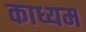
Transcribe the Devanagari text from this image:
काध्यम